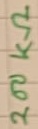
Text: 200KΩ